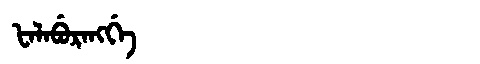
Manchu: ᡶᠠᠯᠠᠪᡠᡵᠠᠩᡤᡝ
Romanization: FALABURANGGE